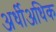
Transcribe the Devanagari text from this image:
अर्धीअधिक